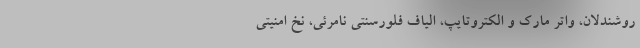
روشندلان، واتر مارک و الکتروتایپ، الیاف فلورسنتی نامرئی، نخ امنیتی